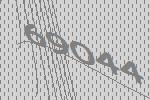
69044